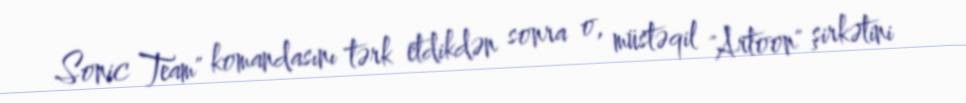
Sonic Team" komandasını tərk etdikdən sonra o, müstəqil "Artoon" şirkətini